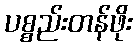
ပစ္စည်းတန်ဖိုး